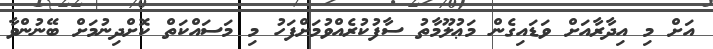
އަށް މި އިދާރާއަށް ވަޑައިގެން މަޢުލޫމާތު ސާފުކުރެއްވުމަށްފަހު މި މަސައްކަތް ކޮށްދިނުމަށް ބޭނުންވާ